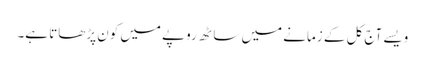
ویسے آج کل کے زمانے میں ساٹھ روپے میں کون پڑھاتا ہے۔